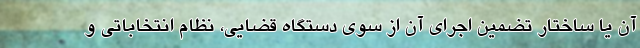
آن یا ساختار تضمین اجرای آن از سوی دستگاه قضایی، نظام انتخاباتی و